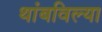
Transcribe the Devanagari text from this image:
थांबविल्या